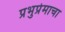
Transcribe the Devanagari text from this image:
प्रभुप्रेमाचा